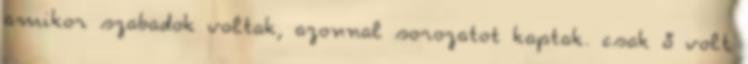
amikor szabadok voltak, azonnal sorozatot kaptak. csak ő volt